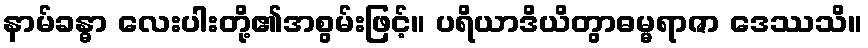
နာမ်ခန္ဓာ လေးပါးတို့၏အစွမ်းဖြင့်။ ပရိယာဒိယိတွာဓမ္မရာဇာ ဒေဿသိ။